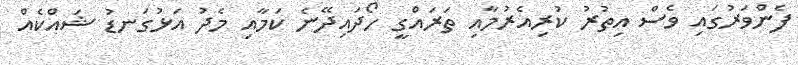
ފެންވަރުގައި ވެސް އިތުރު ކުރިއެރުމާއި ތަރައްގީ ހޯދައިދޭނެ ކަމާއި މެދު އަޅުގަނޑު ޝައްކެއް